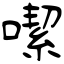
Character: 噄